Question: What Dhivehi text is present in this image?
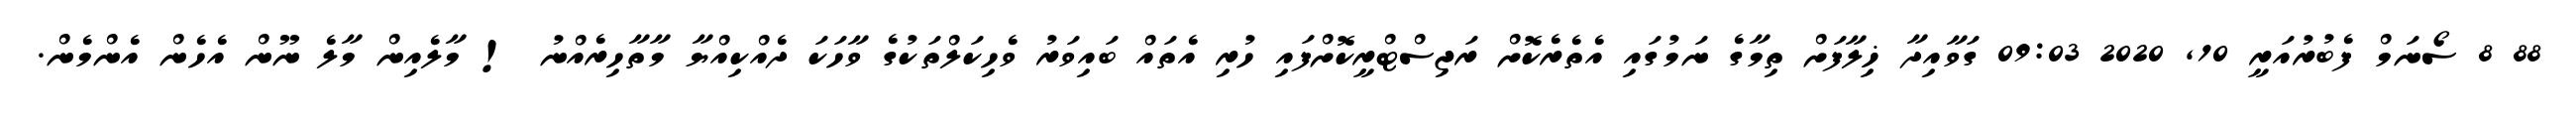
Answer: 88 8 ސޯނަމް ފެބުރުއަރީ 10, 2020 09:03 ގަވާއިދާ ޚިލާފަށް ތިމާގެ ނަމުގައި އެތެރެކޮށް ރަޖިސްޓްރީކޮށްފައި ހުރި އެތައް ބައިވަރު ވެހިކަލްތަކުގެ ވާހަކަ ދެއްކިއްޔާ މާތާހިރެއްނު ! މާލެއިން މާލެ ނޫން އެހެން އެންމެން.